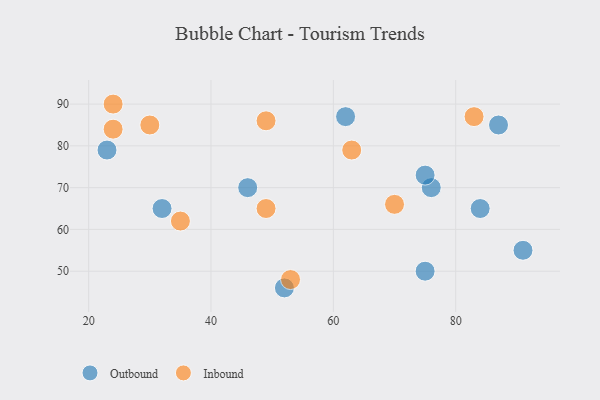
{"axis": {"x": "GDP", "y": "Life Expectancy"}, "legend": ["Inbound", "Outbound"], "data": [{"x": "87", "y": 85, "type": "Outbound"}, {"x": "76", "y": 70, "type": "Outbound"}, {"x": "52", "y": 46, "type": "Outbound"}, {"x": "84", "y": 65, "type": "Outbound"}, {"x": "46", "y": 70, "type": "Outbound"}, {"x": "23", "y": 79, "type": "Outbound"}, {"x": "75", "y": 73, "type": "Outbound"}, {"x": "75", "y": 50, "type": "Outbound"}, {"x": "62", "y": 87, "type": "Outbound"}, {"x": "91", "y": 55, "type": "Outbound"}, {"x": "32", "y": 65, "type": "Outbound"}, {"x": "63", "y": 79, "type": "Inbound"}, {"x": "49", "y": 65, "type": "Inbound"}, {"x": "83", "y": 87, "type": "Inbound"}, {"x": "24", "y": 90, "type": "Inbound"}, {"x": "24", "y": 84, "type": "Inbound"}, {"x": "30", "y": 85, "type": "Inbound"}, {"x": "35", "y": 62, "type": "Inbound"}, {"x": "70", "y": 66, "type": "Inbound"}, {"x": "53", "y": 48, "type": "Inbound"}, {"x": "49", "y": 86, "type": "Inbound"}]}